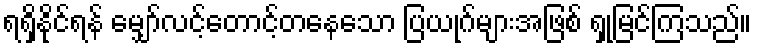
ရရှိနိုင်ရန် မျှော်လင့်တောင့်တနေသော ပြယုဂ်များအဖြစ် ရှုမြင်ကြသည်။